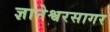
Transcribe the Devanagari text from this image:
ज्ञानेश्वरसागर